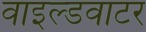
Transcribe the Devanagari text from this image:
वाइल्डवाटर